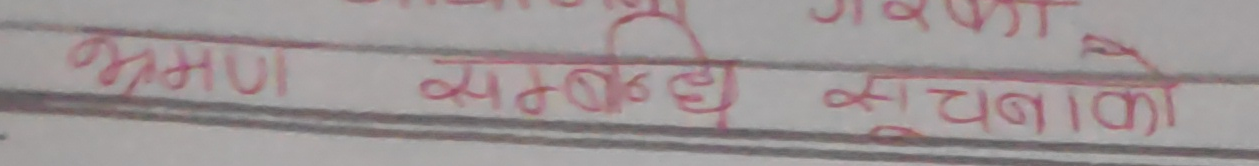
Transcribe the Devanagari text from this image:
भ्रमण सम्बन्धी सूचनाको